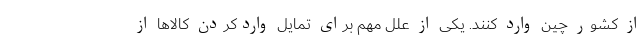
از کشور چین وارد کنند. یکی از علل مهم برای تمایل واردکردن کالاها از